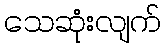
သေဆုံးလျက်